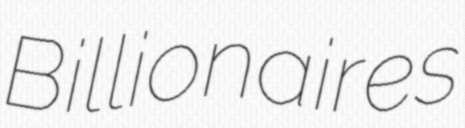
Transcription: Billionaires